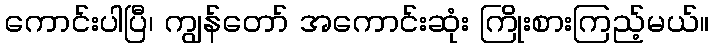
ကောင်းပါပြီ၊ ကျွန်တော် အကောင်းဆုံး ကြိုးစားကြည့်မယ်။